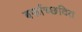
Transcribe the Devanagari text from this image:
बर्फाच्छदित